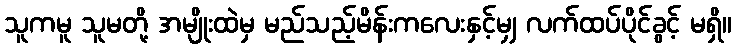
သူကမူ သူမတို့ အမျိုးထဲမှ မည်သည့်မိန်းကလေးနှင့်မျှ လက်ထပ်ပိုင်ခွင့် မရှိ။